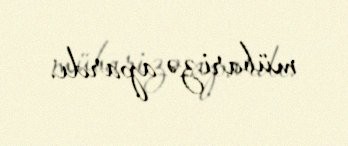
mübarizə apardı.